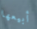
أبيعها